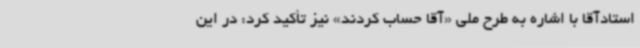
استادآقا با اشاره به طرح ملی «آقا حساب کردند» نیز تأکید کرد: در این